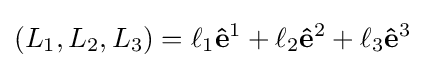
(L_{1},L_{2},L_{3})=\ell _{1}\mathbf {\hat {e}} ^{1}+\ell _{2}\mathbf {\hat {e}} ^{2}+\ell _{3}\mathbf {\hat {e}} ^{3}